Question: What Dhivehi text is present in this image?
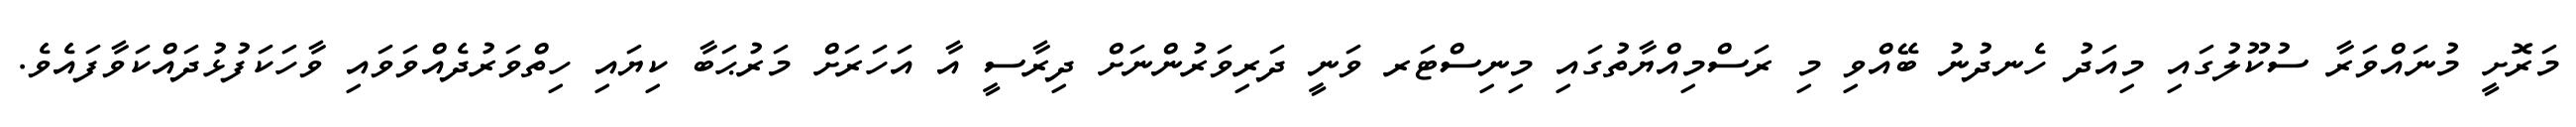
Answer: މަރޮށީ މުނައްވަރާ ސުކޫލުގައި މިއަދު ހެނދުނު ބޭއްވި މި ރަސްމިއްޔާތުގައި މިނިސްޓަރ ވަނީ ދަރިވަރުންނަށް ދިރާސީ އާ އަހަރަށް މަރުޙަބާ ކިޔައި ހިތްވަރުދެއްވަވައި ވާހަކަފުޅުދައްކަވާފައެވެ.